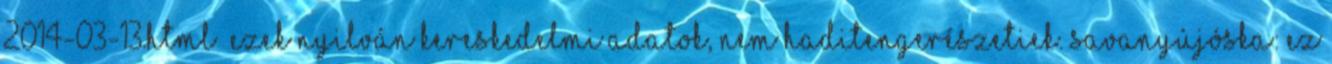
2014-03-13.html Ezek nyilván kereskedelmi adatok, nem haditengerészetiek. savanyújóska: ez